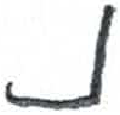
אות: נ